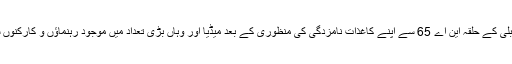
وہ تلہ گنگ میں قومی اسمبلی کے حلقہ این اے 65 سے اپنے کاغذات نامزدگی کی منظوری کے بعد میڈیا اور وہاں بڑی تعداد میں موجود رہنماؤں و کارکنوں سے گفتگو کر رہے تھے۔